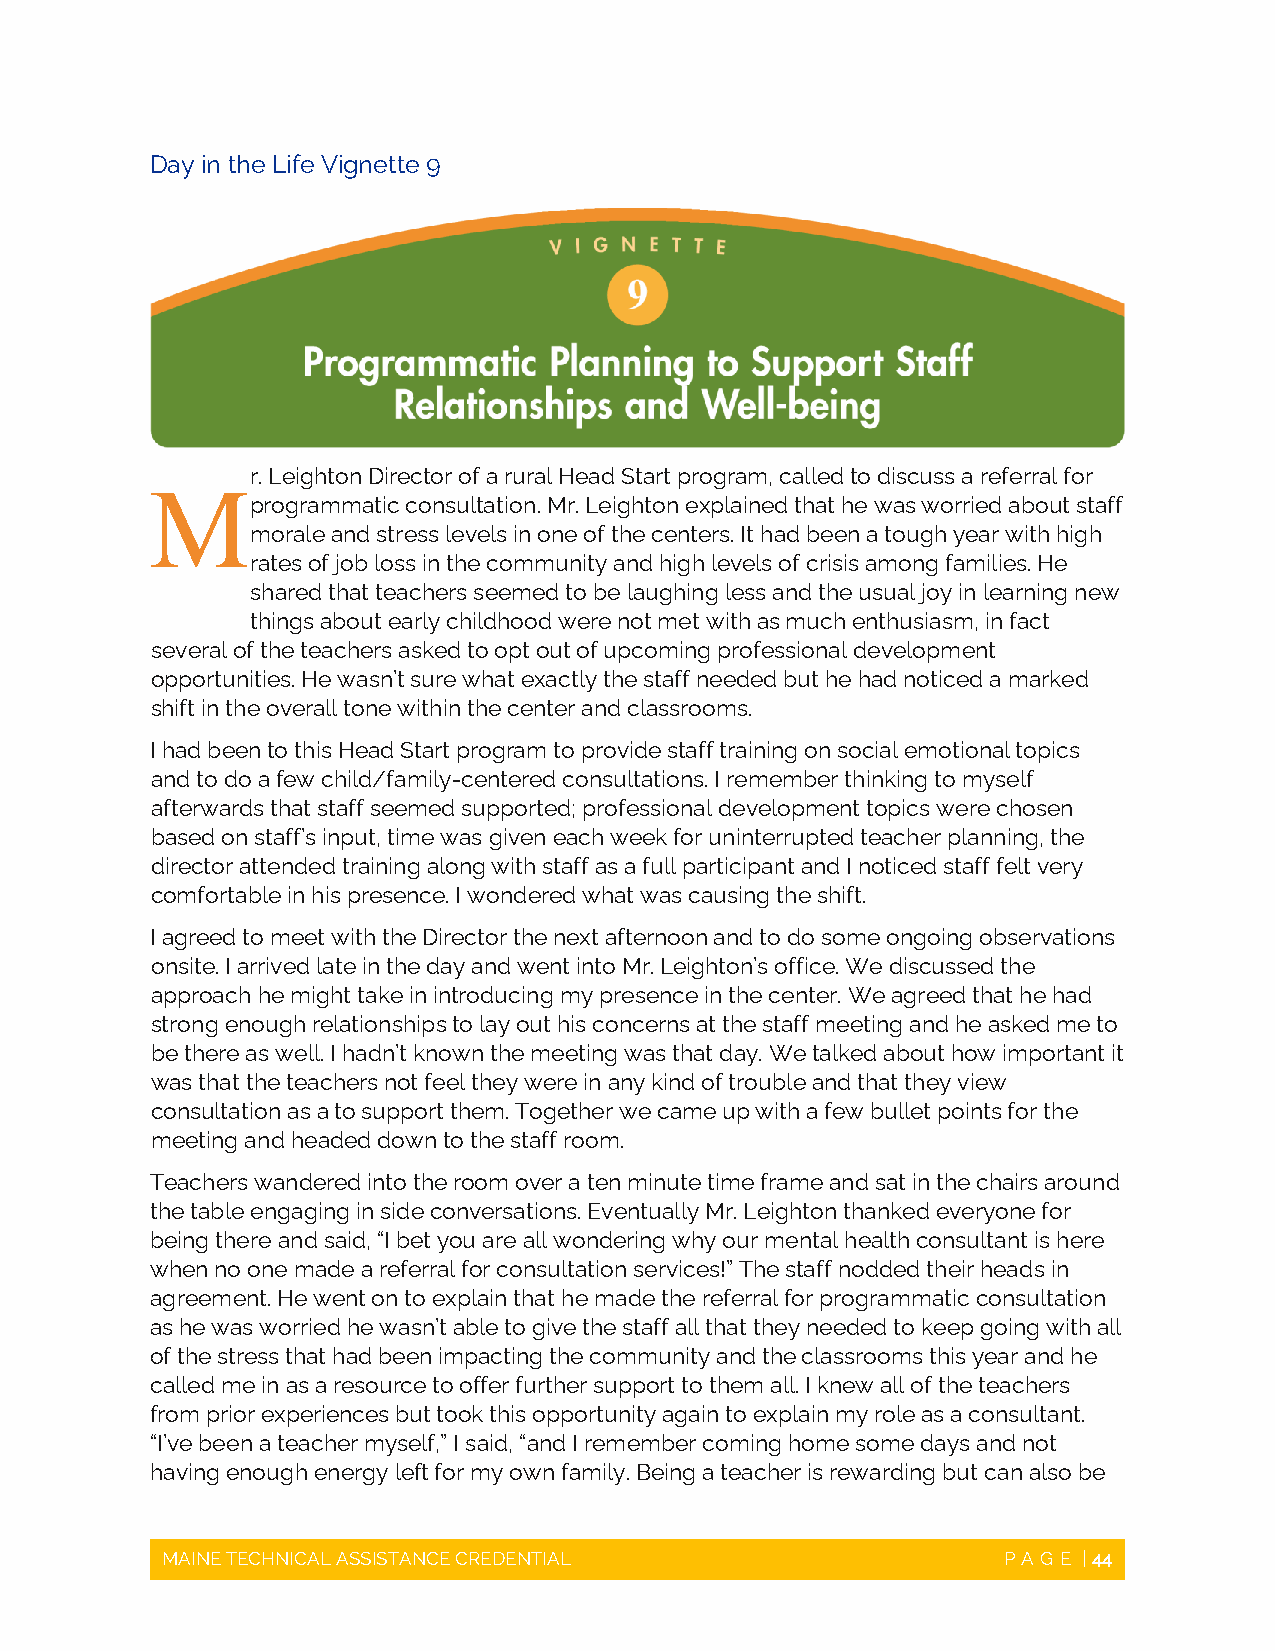
Day in the Life Vignette 9
 r. Leighton Director of a rural Head Start program, called to discuss a referral for
 M
 programmatic consultation. Mr. Leighton explained that he was worried about staff
 morale and stress levels in one of the centers. It had been a tough year with high
 rates of job loss in the community and high levels of crisis among families. He
 shared that teachers seemed to be laughing less and the usual joy in learning new
 things about early childhood were not met with as much enthusiasm, in fact
 several of the teachers asked to opt out of upcoming professional development
 opportunities. He wasn’t sure what exactly the staff needed but he had noticed a marked
 shift in the overall tone within the center and classrooms.
 I had been to this Head Start program to provide staff training on social emotional topics
 and to do a few child/family-centered consultations. I remember thinking to myself
 afterwards that staff seemed supported; professional development topics were chosen
 based on staff’s input, time was given each week for uninterrupted teacher planning, the
 director attended training along with staff as a full participant and I noticed staff felt very
 comfortable in his presence. I wondered what was causing the shift.
 I agreed to meet with the Director the next afternoon and to do some ongoing observations
 onsite. I arrived late in the day and went into Mr. Leighton’s office. We discussed the
 approach he might take in introducing my presence in the center. We agreed that he had
 strong enough relationships to lay out his concerns at the staff meeting and he asked me to
 be there as well. I hadn’t known the meeting was that day. We talked about how important it
 was that the teachers not feel they were in any kind of trouble and that they view
 consultation as a to support them. Together we came up with a few bullet points for the
 meeting and headed down to the staff room.
 Teachers wandered into the room over a ten minute time frame and sat in the chairs around
 the table engaging in side conversations. Eventually Mr. Leighton thanked everyone for
 being there and said, “I bet you are all wondering why our mental health consultant is here
 when no one made a referral for consultation services!” The staff nodded their heads in
 agreement. He went on to explain that he made the referral for programmatic consultation
 as he was worried he wasn’t able to give the staff all that they needed to keep going with all
 of the stress that had been impacting the community and the classrooms this year and he
 called me in as a resource to offer further support to them all. I knew all of the teachers
 from prior experiences but took this opportunity again to explain my role as a consultant.
 “I’ve been a teacher myself,” I said, “and I remember coming home some days and not
 having enough energy left for my own family. Being a teacher is rewarding but can also be
 MAINE TECHNICAL ASSISTANCE CREDENTIAL                  PAGE  | 44